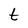
Character: t